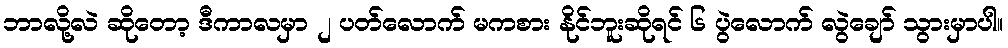
ဘာလို့လဲ ဆိုတော့ ဒီကာလမှာ ၂ ပတ်လောက် မကစား နိုင်ဘူးဆိုရင် ၆ ပွဲလောက် လွဲချော် သွားမှာပါ။